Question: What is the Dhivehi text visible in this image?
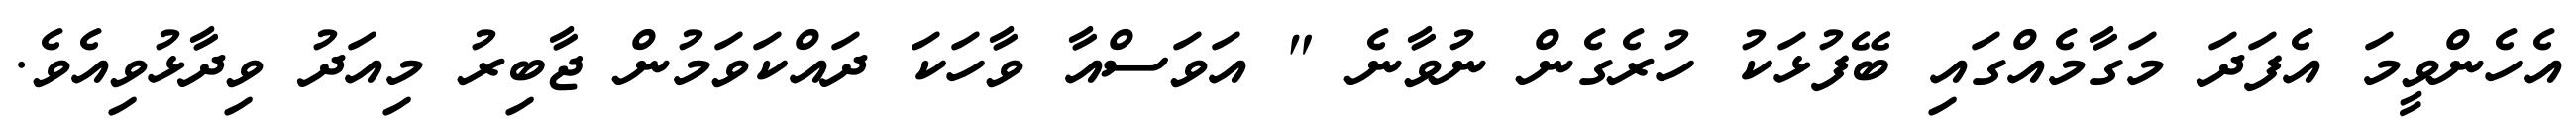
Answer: އެހެންވީމަ އެފަދަ މަގާމެއްގައި ބޭފުޅަކު ހުރެގެން ނުވާނެ " އަވަސްއާ ވާހަކަ ދައްކަވަމުން ޖާބިރު މިއަދު ވިދާޅުވިއެވެ.